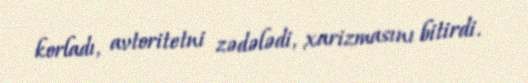
korladı, avtoritetni zədələdi, xarizmasını bitirdi.